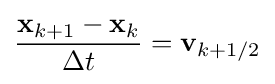
{\frac {\mathbf {x} _{k+1}-\mathbf {x} _{k}}{\Delta t}}=\mathbf {v} _{k+1/2}